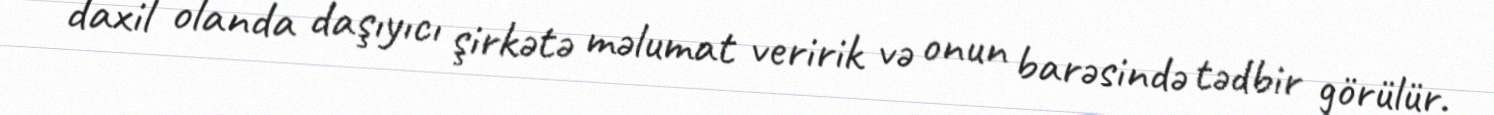
daxil olanda daşıyıcı şirkətə məlumat veririk və onun barəsində tədbir görülür.